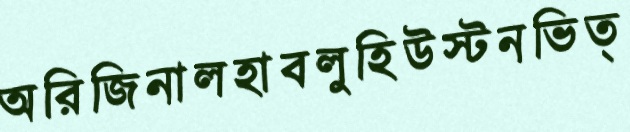
অরিজিনালহাবলুহিউস্টনভিত্